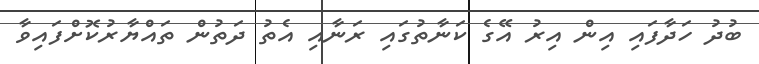
ބުދު ހަދާފައި އިން އިރު އޭގެ ކަނާތުގައި ރަނާއި އެތު ދަތުން ތައްޔާރުކޮށްފައިވާ